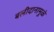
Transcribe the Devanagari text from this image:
बलीदानामुळे